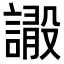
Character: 𧫫